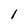
Character: l